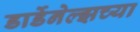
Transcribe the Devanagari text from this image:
डार्डेनेल्झच्या